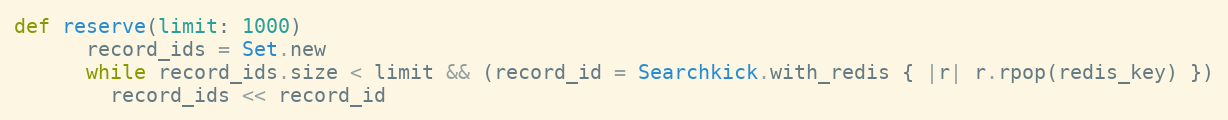
Language: Ruby
def reserve(limit: 1000)
      record_ids = Set.new
      while record_ids.size < limit && (record_id = Searchkick.with_redis { |r| r.rpop(redis_key) })
        record_ids << record_id